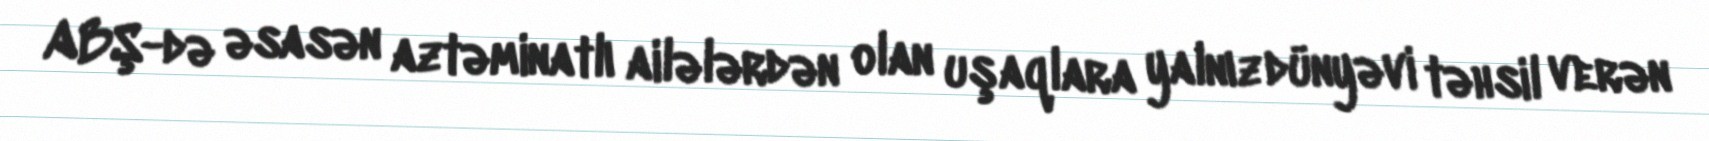
ABŞ-də əsasən aztəminatlı ailələrdən olan uşaqlara yalnız dünyəvi təhsil verən